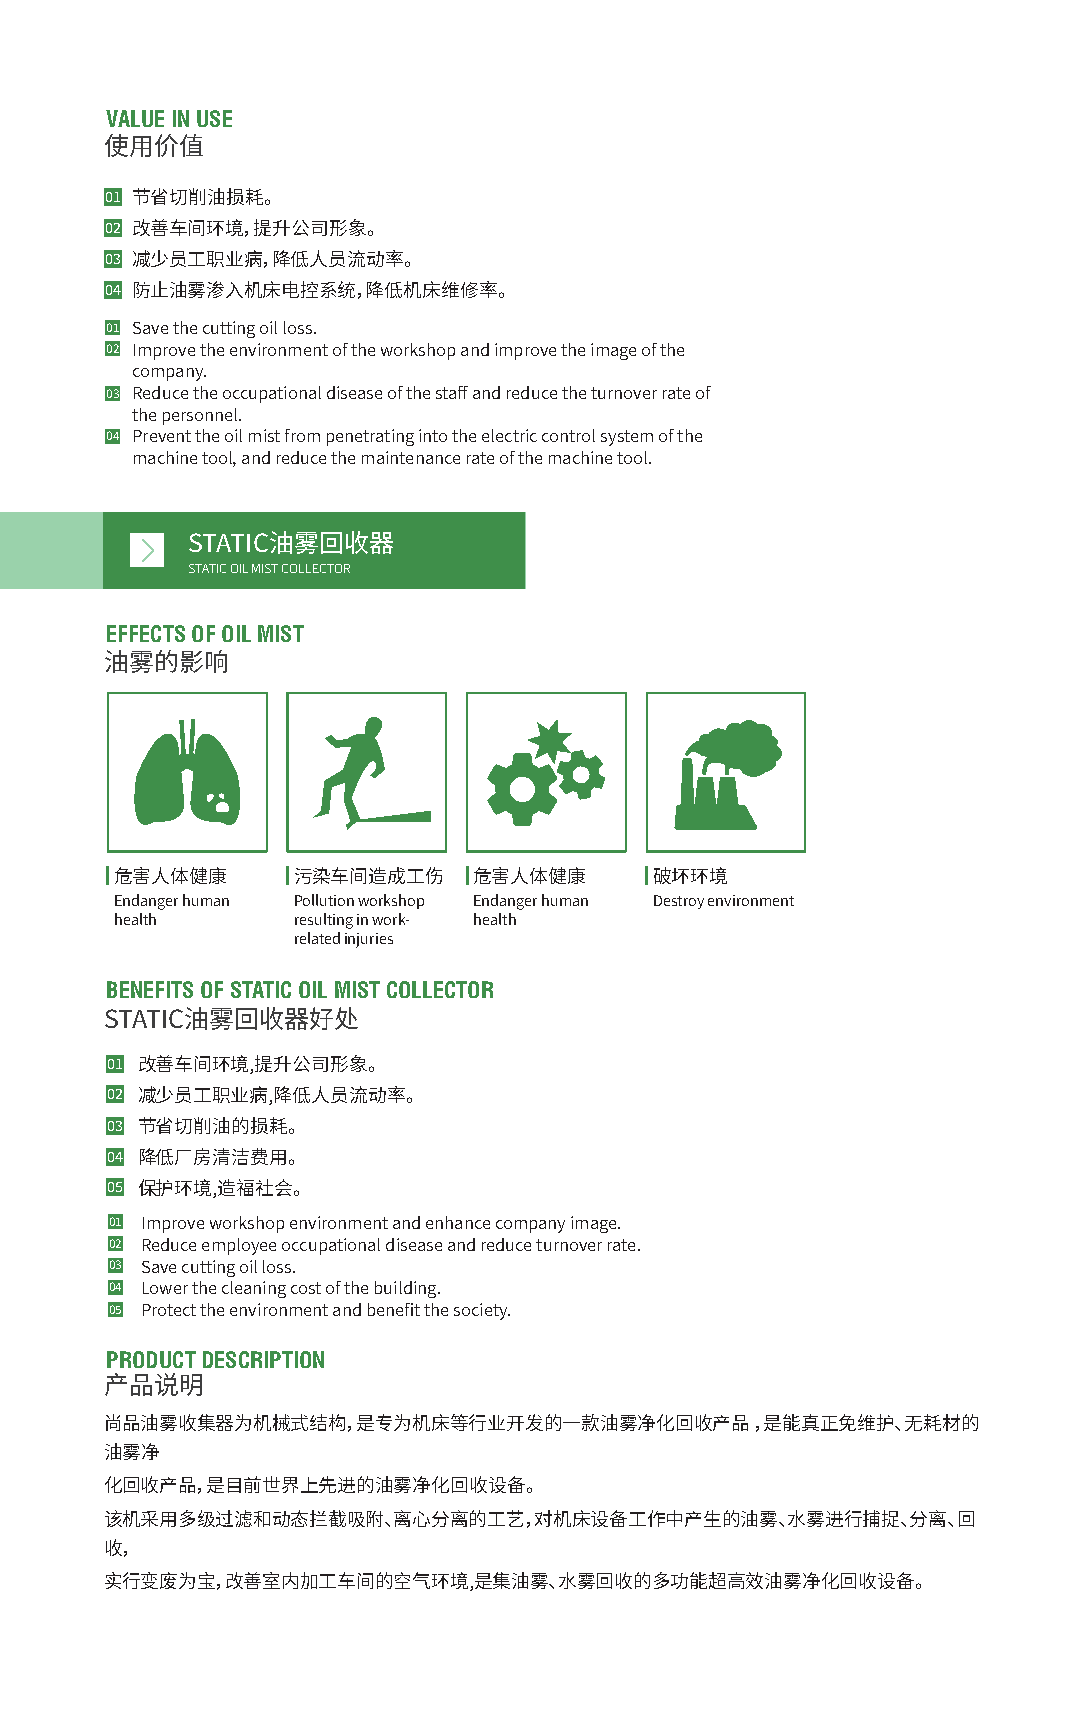
VALUE IN USE
 使用价值
 �� 节省切削油损耗。
 �� 改善车间环境，提升公司形象。
 �� 减少员工职业病，降低人员流动率。
 �� 防止油雾渗入机床电控系统，降低机床维修率。
 �� Save the cutting oil loss.
 �� Improve the environment of the workshop and improve the image of the
 company.
 �� Reduce the occupational disease of the staff and reduce the turnover rate of
 the personnel.
 �� Prevent the oil mist from penetrating into the electric control system of the
 machine tool, and reduce the maintenance rate of the machine tool.
 STATIC油雾回收器
 STATIC OIL MIST COLLECTOR
 EFFECTS OF OIL MIST
 油雾的影响
 危害人体健康     污染车间造成工伤    危害人体健康      破坏环境
 Endanger human Pollution workshop Endanger human Destroy environment
 health     resulting in work- health
 related injuries
 BENEFITS OF STATIC OIL MIST COLLECTOR
 STATIC油雾回收器好处
 �� 改善车间环境,提升公司形象。
 �� 减少员工职业病,降低人员流动率。
 �� 节省切削油的损耗。
 �� 降低厂房清洁费用。
 �� 保护环境,造福社会。
 �� Improve workshop environment and enhance company image.
 �� Reduce employee occupational disease and reduce turnover rate.
 �� Save cutting oil loss.
 �� Lower the cleaning cost of the building.
 �� Protect the environment and benefit the society.
 PRODUCT DESCRIPTION
 产品说明
 尚品油雾收集器为机械式结构，是专为机床等行业开发的一款油雾净化回收产品        ，是能真正免维护、无耗材的
 油雾净
 化回收产品，是目前世界上先进的油雾净化回收设备。
 该机采用多级过滤和动态拦截吸附、离心分离的工艺，对机床设备工作中产生的油雾、水雾进行捕捉、分离、回
 收，
 实行变废为宝，改善室内加工车间的空气环境,是集油雾、水雾回收的多功能超高效油雾净化回收设备。